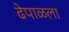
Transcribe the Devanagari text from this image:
ढेपाळला